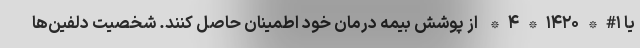
یا ۱#*۱۴۲۰*۴* از پوشش بیمه درمان خود اطمینان حاصل کنند. شخصیت دلفین‌ها